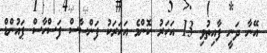
އޭނާ ދަނީ ފާއިތުވި 13 އަހަރު ކޮންމެ އަހަރަކު ފަންސާސް ފަސްހާސް ޕައުންޑް